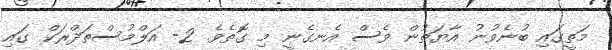
މަތީގައި ބުނެވުނު އާޔަތުން ވެސް އެނގެނީ މި ގޮތެވެ. 2- އަލްމުސްތަދްރަކް ގައި